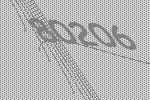
80206